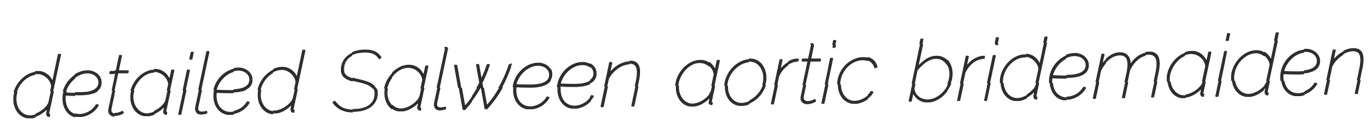
detailed Salween aortic bridemaiden